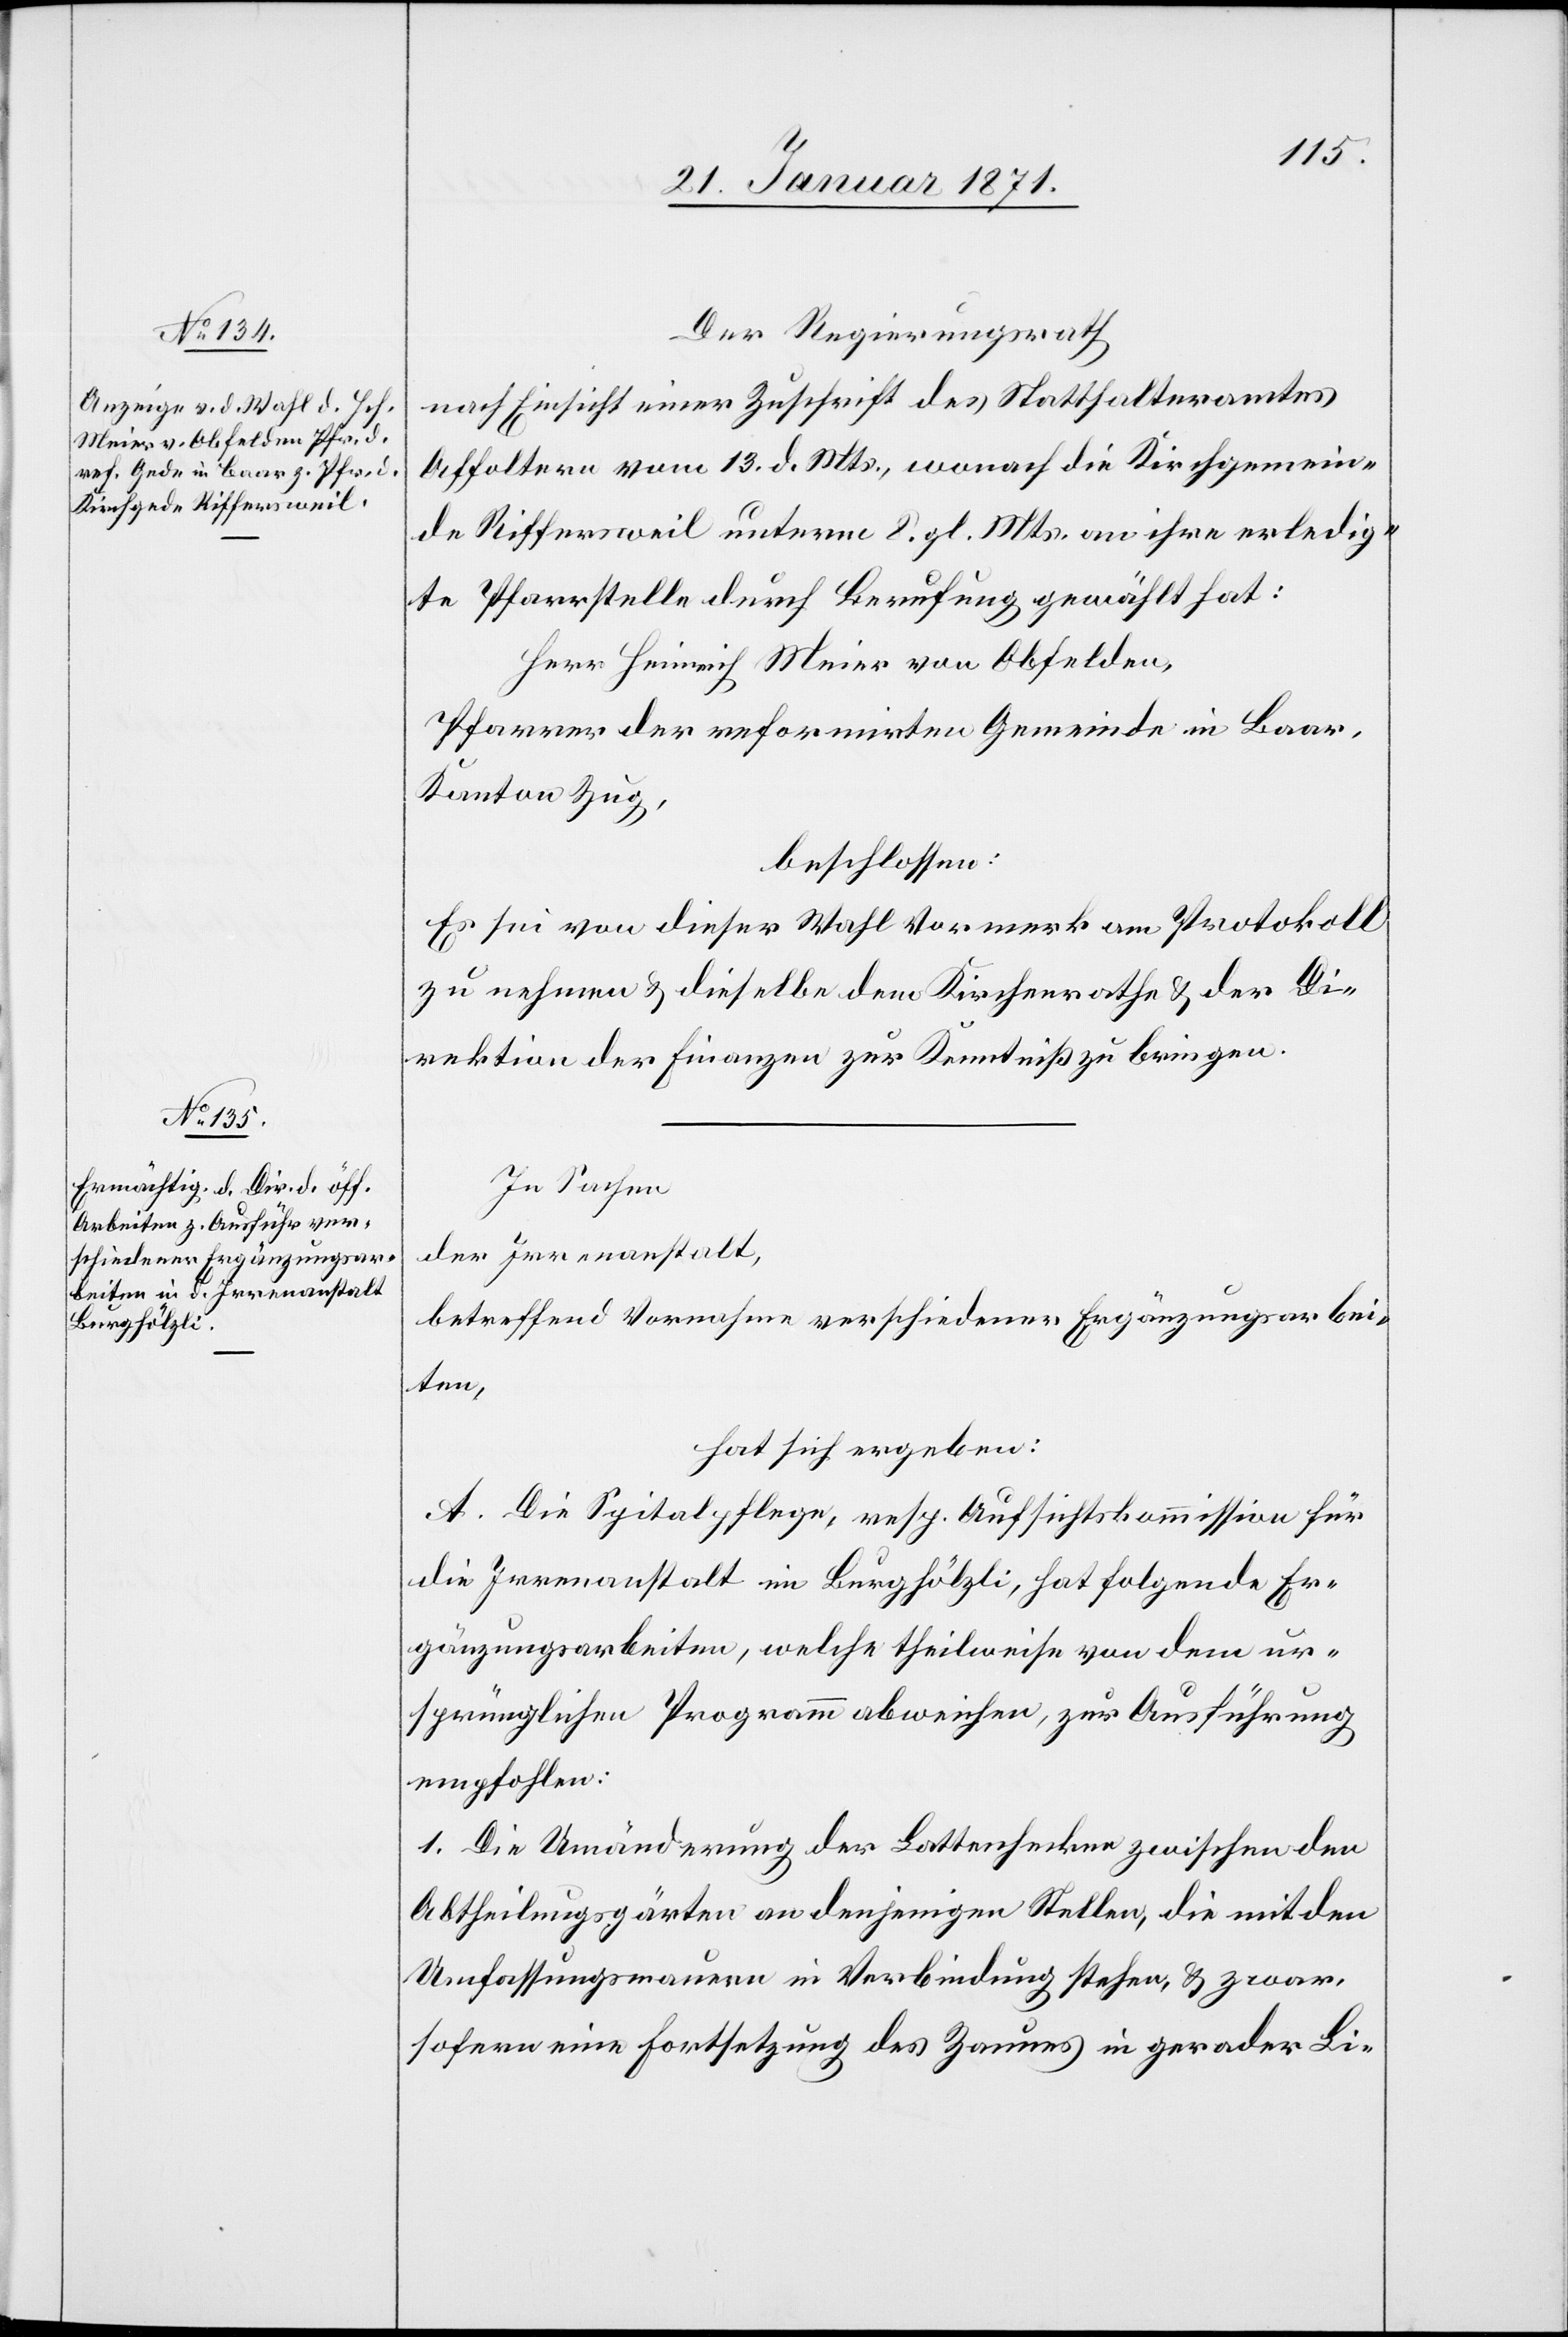
Der Regierungsrath
nach Einsicht einer Zuschrift des Statthalteramtes
Affoltern vom 13. d. Mts., worauf die Kirchgemein¬
de Riffersweil unterm 8. gl. Mts. an ihre erledig¬
te Pfarrstelle durch Berufung gewählt hat:
Herr Heinrich Meier von Obfelden,
Pfarrer der reformirten Gemeinde in Baar,
Kanton Zug,
beschlossen:
Es sei von dieser Wahl Vormerk am Protokoll
zu nehmen u. dieselbe dem Kirchenrathe u. der Di¬
rektion der Finanzen zur Kenntniß zu bringen.
In Sachen
der Irrenanstalt,
betreffend Vornahme verschiedener Ergänzungsarbei¬
ten,
hat sich ergeben:
A. Die Spitalpflege, resp. Aufsichtskommission für
die Irrenanstalt im Burghölzli, hat folgende Er¬
gänzungsarbeiten, welche theilweise von dem ur¬
sprünglichen Programm abweichen, zur Ausführung
empfohlen:
1. Die Umänderung der Lattenhecken zwischen den
Abtheilungsgärten an denjenigen Stellen, die mit den
Umfassungsmauern in Verbindung stehen, u. zwar
sofern eine Fortsetzung des Zaunes in gerader Li-